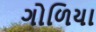
ગોળિયા